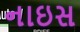
નાઇસ